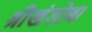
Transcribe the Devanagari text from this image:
श्रीखंडोबा